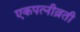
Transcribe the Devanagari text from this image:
एकपत्‍नीव्रती